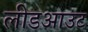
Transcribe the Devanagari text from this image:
लीडआउट